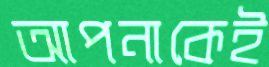
আপনাকেই